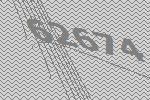
62674